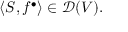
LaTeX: \langle S , f ^ { \bullet } \rangle \in { \mathcal { D } } ( V ) .